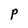
Character: p